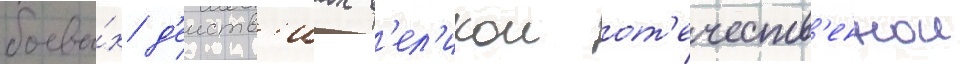
боевы́х д'еиств'иах в'ел'икои от'ечеств'еннои